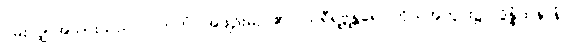
ဝမ်းလျှာအသားသည်။ ပိဟကံ၊ အဖျဉ်းမည်၏။ သရီရဗ္တန္တရေ၊ ကိုယ်အတွင်း၌။ ဒွိန္နံထနာနံ၊